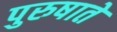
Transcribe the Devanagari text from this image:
पुरुषाते